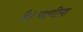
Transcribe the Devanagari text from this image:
है।पाणीया